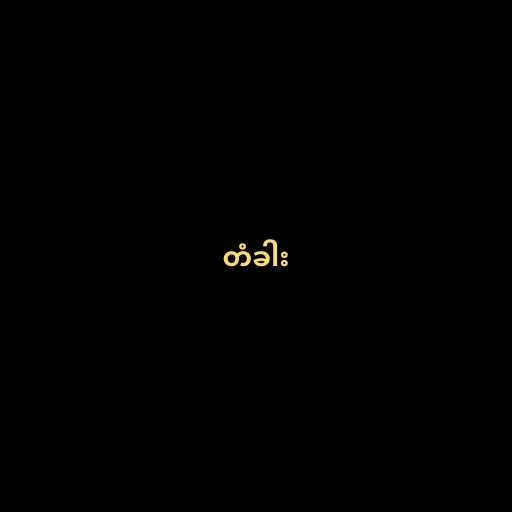
တံခါး